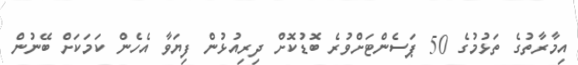
އިމާރާތުގެ ތަޅުމުގެ 50 ޕަސެންޓަށްވުރެ ބޮޑުކޮށް ދިރިއުޅުން ފިޔަވާ އެހެން ކަމަކަށް ބޭނުން